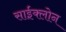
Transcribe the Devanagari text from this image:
साईक्लोन